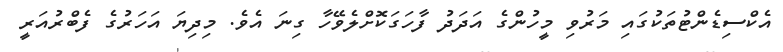
އެކްސިޑެންޓުތަކުގައި މަރުވި މީހުންގެ އަދަދު ފާހަގަކޮށްލެވޭހާ ގިނަ އެވެ. މިދިޔަ އަހަރުގެ ފެބްރުއަރީ